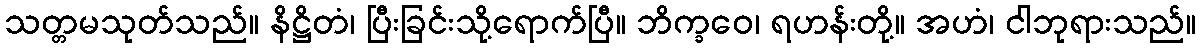
သတ္တမသုတ်သည်။ နိဋ္ဌိတံ၊ ပြီးခြင်းသို့ရောက်ပြီ။ ဘိက္ခဝေ၊ ရဟန်းတို့။ အဟံ၊ ငါဘုရားသည်။